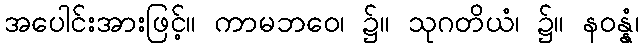
အပေါင်းအားဖြင့်။ ကာမဘဝေ၊ ၌။ သုဂတိယံ၊ ၌။ နဝန္နံ၊